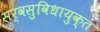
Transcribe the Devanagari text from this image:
सर्वसुविधायुक्त